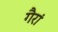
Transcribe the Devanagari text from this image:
गैरां